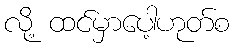
လို့ ထင်မှာပေါ့ဟုတ်စ